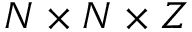
N \times N \times Z